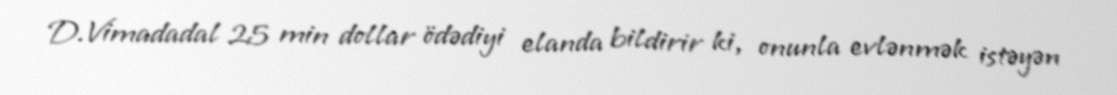
D.Vimadadal 25 min dollar ödədiyi elanda bildirir ki, onunla evlənmək istəyən